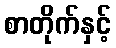
စာတိုက်နှင့်